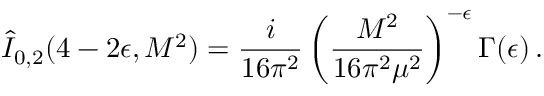
\hat { I } _ { 0 , 2 } ( 4 - 2 \epsilon , M ^ { 2 } ) = \frac { i } { 1 6 \pi ^ { 2 } } \left( \frac { M ^ { 2 } } { 1 6 \pi ^ { 2 } \mu ^ { 2 } } \right) ^ { - \epsilon } \Gamma ( \epsilon ) \, .